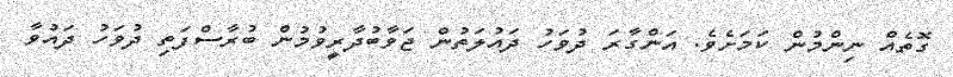
ގޮތެއް ނިންމުން ކަމަށެވެ. އަންގާރަ ދުވަހު ދައުލަތުން ޖަވާބުދާރީވުމުން ބުރާސްފަތި ދުވަހު ދައުވާ